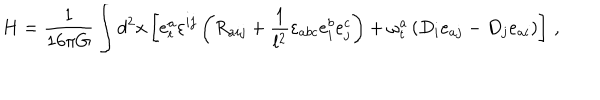
H = { \frac { 1 } { 1 6 \pi G } } \int d ^ { 2 } x \left[ e _ { t } ^ { a } \varepsilon ^ { i j } \left( R _ { a i j } + { \frac { 1 } { l ^ { 2 } } } \varepsilon _ { a b c } e _ { i } ^ { b } e _ { j } ^ { c } \right) + \omega _ { t } ^ { a } \left( D _ { i } e _ { a j } - D _ { j } e _ { a i } \right) \right] \, ,